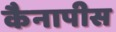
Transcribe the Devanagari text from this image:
कैनापीस